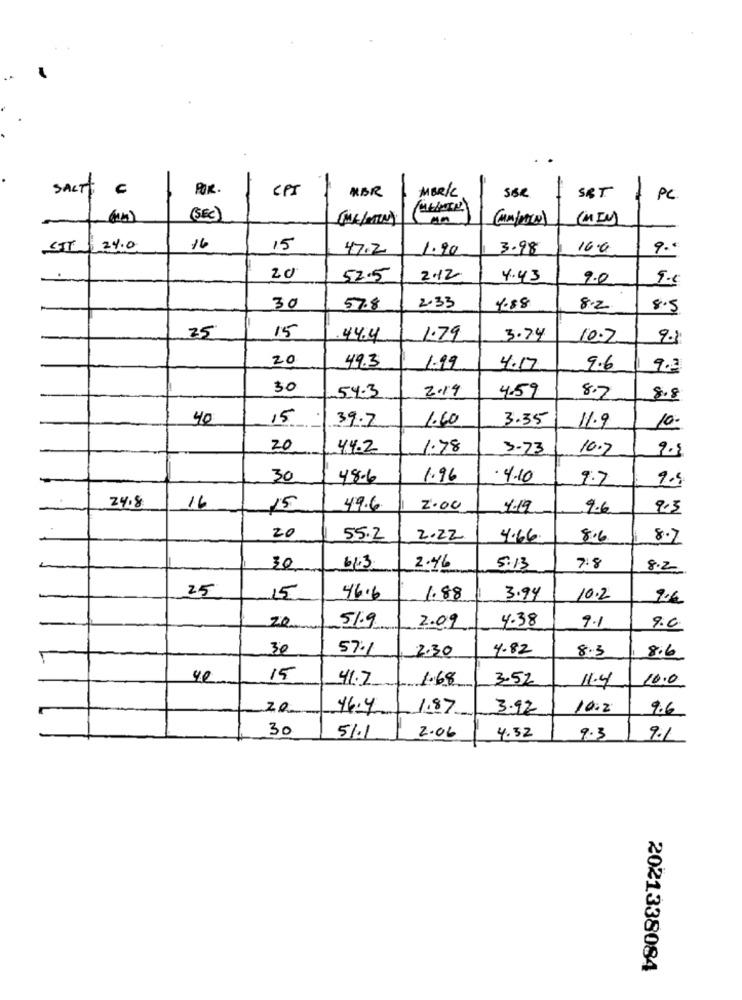
SALT
POR .
CPI
MBR
MERIC
SER
SRT
PC
MELOCE)
(SEC)
(ME/MAIN)
SIT
24.0
16
15
47.2
1.90
3.98
16.0
9.ª
20
52.5
212
4.43
2.0
30
57.8
2.33
1.88
8.2
8.5
15
25
.44.4
1.79
3.74
10.7
9.1
20
49.3
1.99
4.17
9.6
9.2
30
54.3
2.19
4.59
8.2
8.8
40
15
39.7
1.60
3.35
11.9
10.
20
44.2
1.78
3- 73
10.7
9.3
30
48.6
1.96
. 4.10
9.7
24.8
16
15
49.6
2.00
1.19
9.6
9.3
20
55.2
2.22
4.66
8.6
8.7
30
66.3
2.46
5.13
7.8
8.2
25
15
46.6
1.88
3.94
10.2
2.6
51.9
2.09
4.38
20
9.1
9.6
30
57.1
2.30
4.82
8.3
8.6
40
15
41.7
1.68
3.52
11.4
10.0
20
16.4
1.87
3.92
10.2
9.6
30
51.1
2.06
4.32
9.3
9.1
2021338084